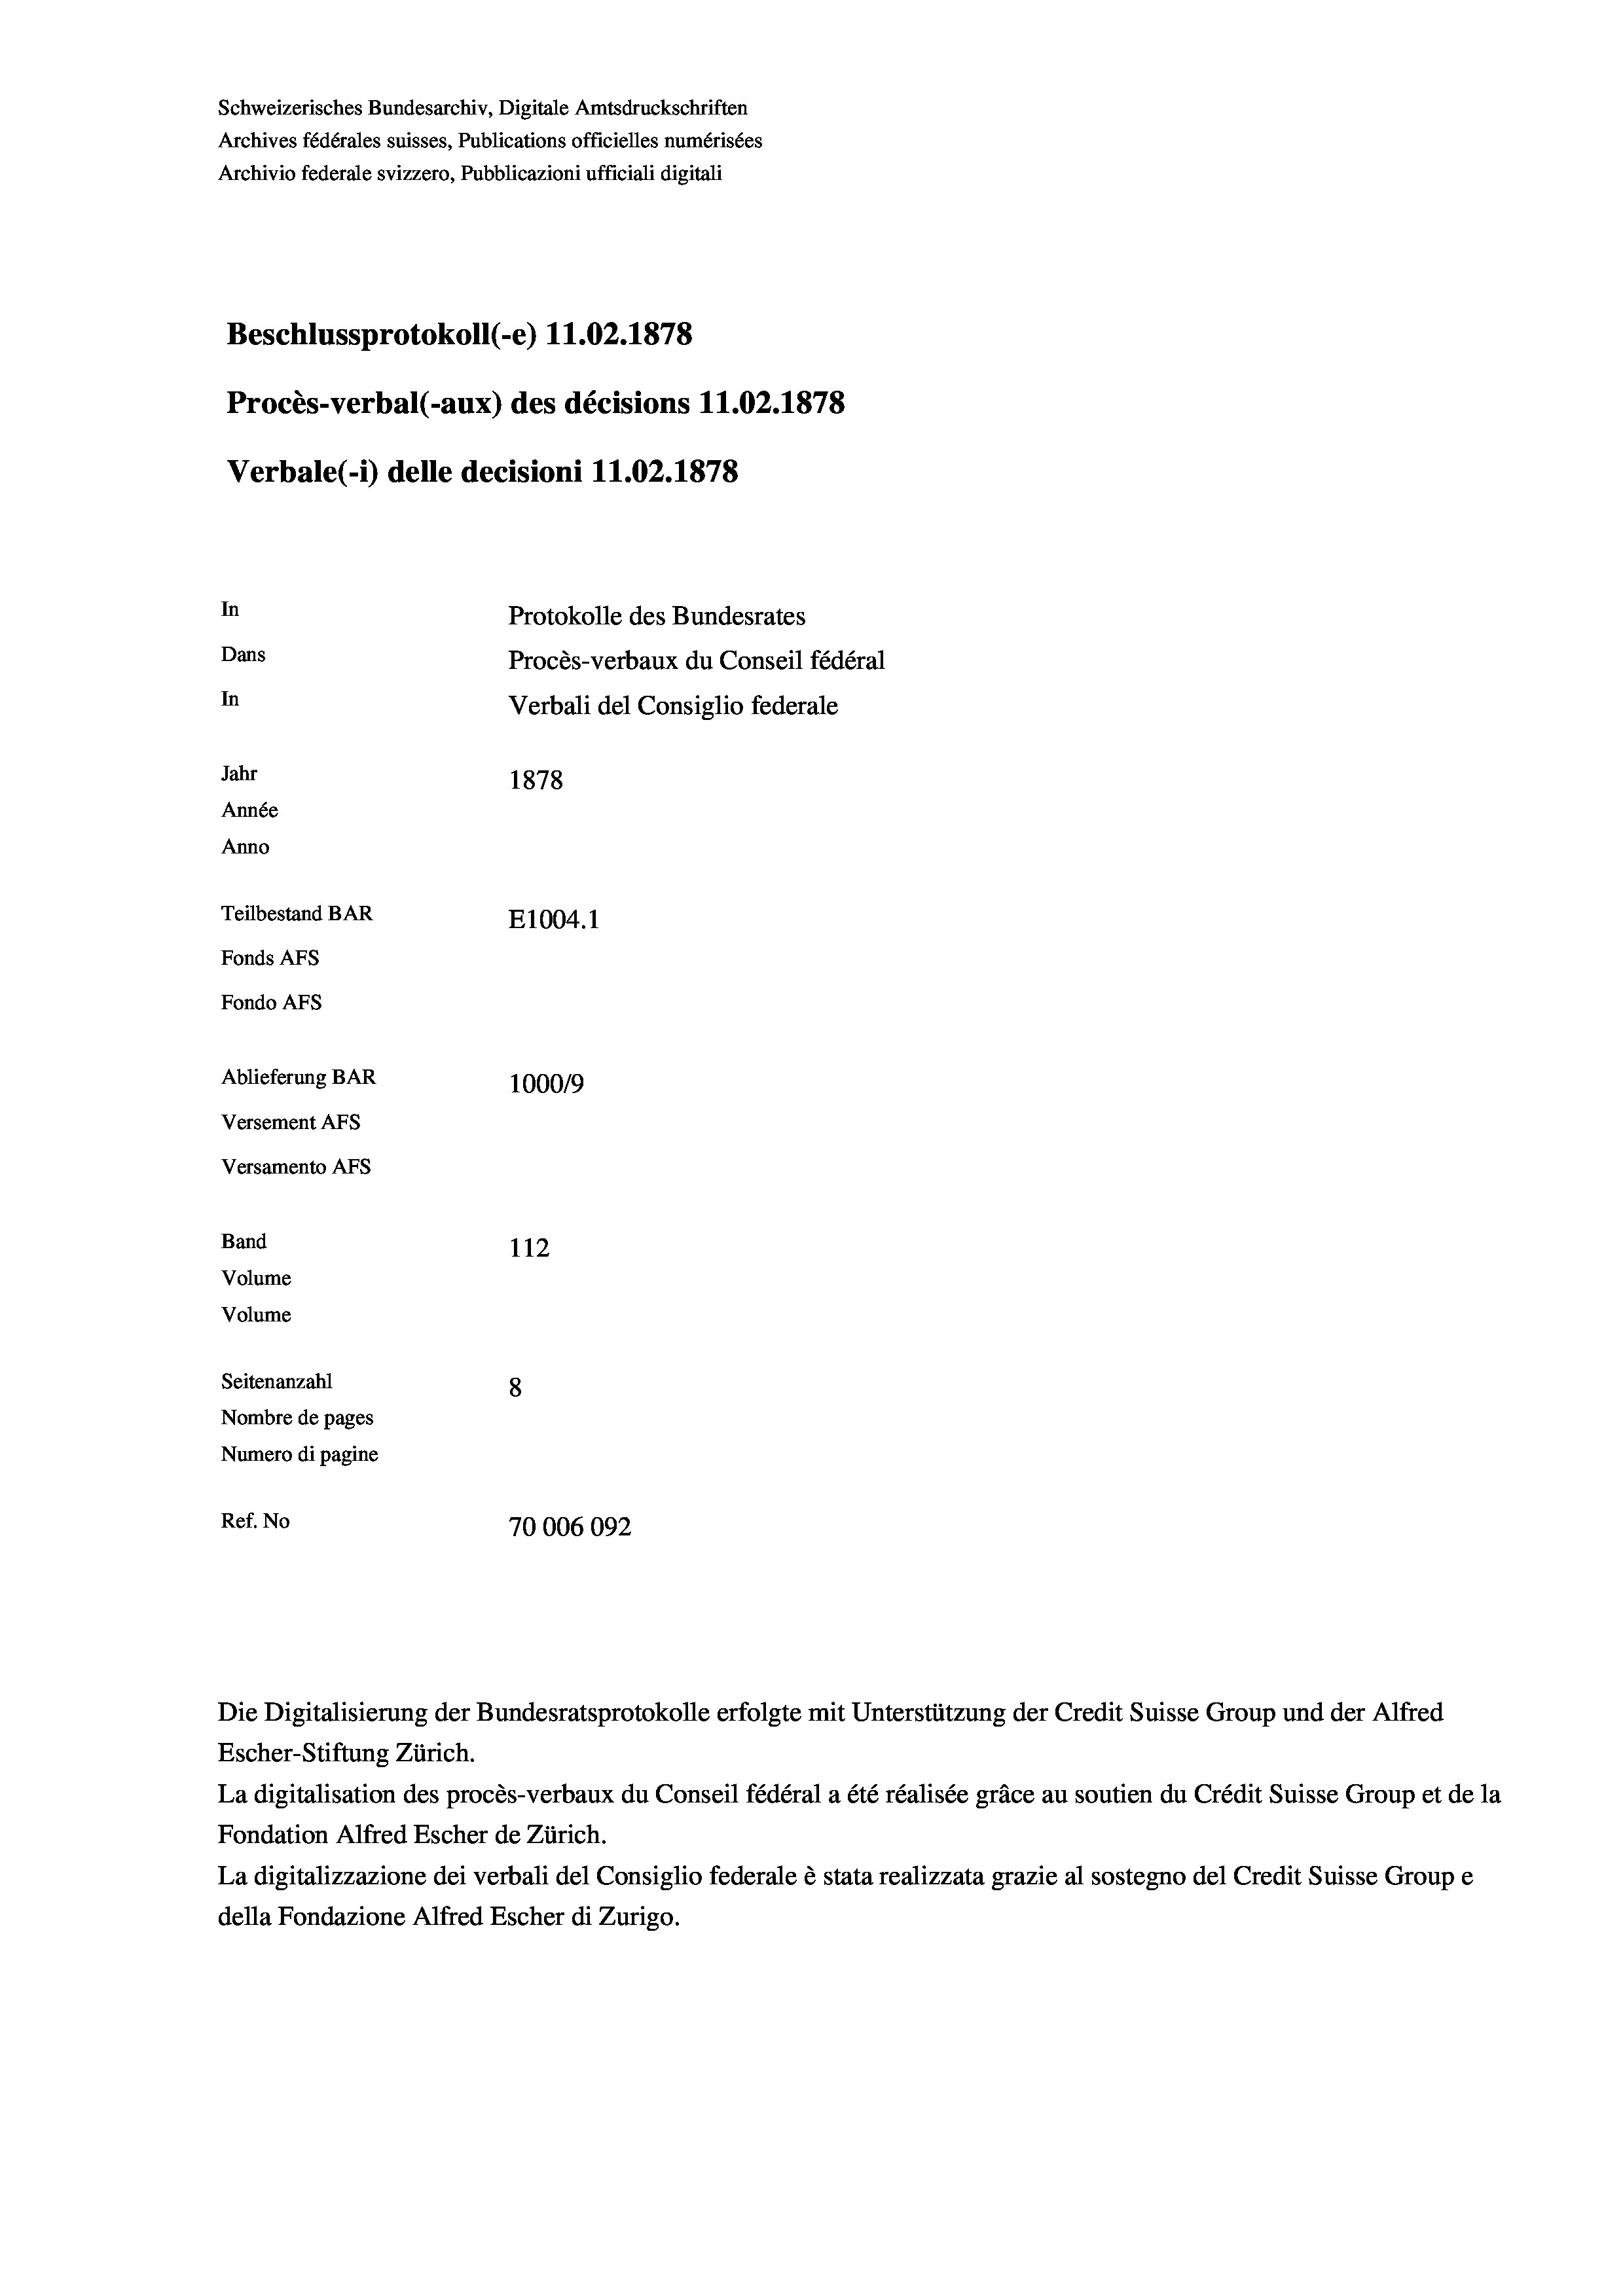
Schweizerisches Bundesarchiv, Digitale Amtsdruckschriften
Archives fédérales suisses, Publications officielles numérisées
Archivio federale svizzero, Pubblicazioni ufficiali digitali
Beschlussprotokoll (-e) 11.02. 1878
Procès-verbal (-aux) des décisions 11.02. 1878
Verbale(*) delle decisioni 11.02. 1878
In
Protokolle des Bundesrates
Dans
Procès-verbaux du Conseil fédéral
In
Verbali del Consiglio federale
Jahr
1878
Année
Anno
Teilbestand BAR
E1004.1
Fonds AEs
Fondo AFs
Ablieferung BAR
100019
Versement AFS
Versamento AFS
Band
112
Volume
Volume
Seitenanzahl
8
Nombre de pages
Numero di pagine
Ref. No
70006092

Die Digitalisierung der Bundesratsprotokolle erfolgte mit Unterstützung der Credit Suisse Group und der Alfred
Escher-Stiftung Zürich.
La digitalisation des procès-verbaux du Conseil fédéral a été réalisée gräce au soutien du Crédit Suisse Group et de la
Fondation Alfred Escher de Zürich.
La digitalizzazione dei verbali del Consiglio federale è stata realizzata grazie al sostegno del Credit Suisse Groupe
della Fondazione Alfred Escher di Zurigo.